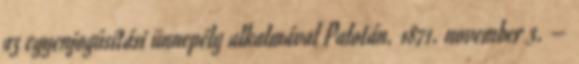
az egyenjogúsítási ünnepély alkalmával Palotán. 1871. november 3. –